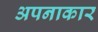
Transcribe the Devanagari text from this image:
अपनाकार